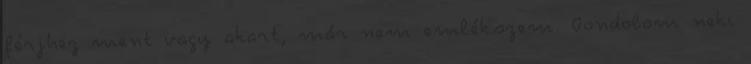
férjhez ment vagy akart, már nem emlékszem. Gondolom neki